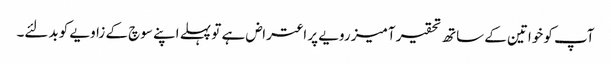
آپ کو خواتین کے ساتھ تحقیر آمیز رویے پر اعتراض ہے تو پہلے اپنے سوچ کے زاویے کو بدلئے۔